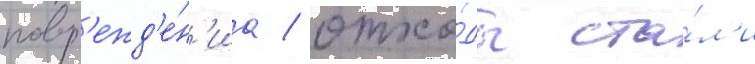
повр'ежд'е́н'иа / отхо́ды ста́л'и